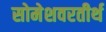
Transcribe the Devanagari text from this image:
सोमेशवरतीर्थ